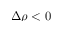
\Delta \rho < 0